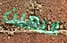
اربعين